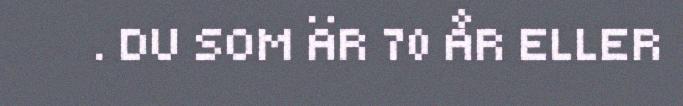
. DU SOM ÄR 70 ÅR ELLER